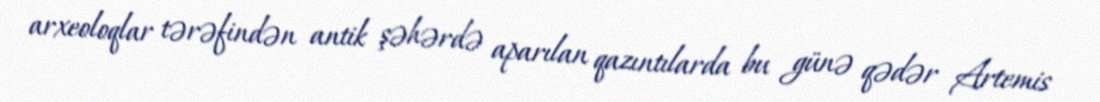
arxeoloqlar tərəfindən antik şəhərdə aparılan qazıntılarda bu günə qədər Artemis